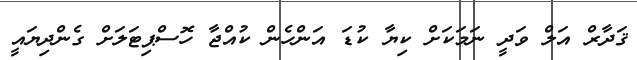
ޤަދާރް އަލް ވަދީ ނަމަކަށް ކިޔާ ކުޑަ އަންހެން ކުއްޖާ ހޮސްޕިޓަލަށް ގެންދިޔައީ